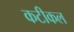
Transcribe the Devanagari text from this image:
कटीकल